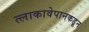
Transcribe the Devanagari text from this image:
त्लाकावेपानकडून